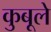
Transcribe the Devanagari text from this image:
कुबूले